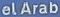
elArab